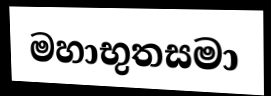
මහාභුතසමා